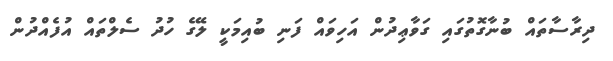
ދިރާސާތައް ބުނާގޮތުގައި ގަވާޢިދުން އަހިވައް ފަނި ބުއިމަކީ ލޭގެ ހުދު ސެލްތައް އުފެއްދުން